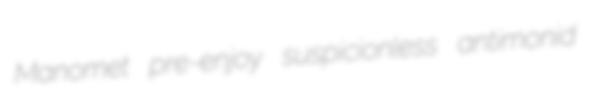
Manomet pre-enjoy suspicionless antimonid